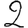
Digit: 2